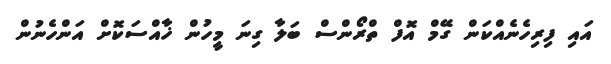
އައި ފިރިހެނެއްކަން ގޭމް އޮފް ތްރޯންސް ބަލާ ގިނަ މީހުން ޚާއްސަކޮށް އަންހެނުން